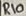
Text: R10